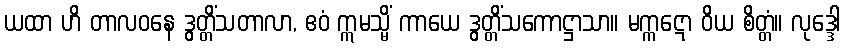
ယထာ ဟိ တာလဝနေ ဒွတ္တိံသတာလာ, ဧဝံ ဣမသ္မိံ ကာယေ ဒွတ္တိံသကောဋ္ဌာသာ။ မက္ကဋော ဝိယ စိတ္တံ။ လုဒ္ဒေါ